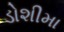
ડોશીમા